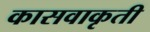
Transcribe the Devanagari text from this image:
कासवाकृती